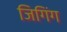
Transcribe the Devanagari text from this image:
जिगिंग